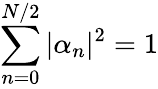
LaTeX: \sum_{n=0}^{N/2}|\alpha_{n}|^{2}=1